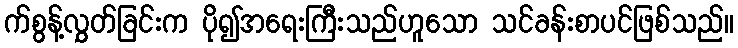
က်စွန့်လွှတ်ခြင်းက ပို၍အရေးကြီးသည်ဟူသော သင်ခန်းစာပင်ဖြစ်သည်။